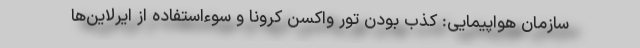
سازمان هواپیمایی: کذب بودن تور واکسن کرونا و سوءاستفاده از ایرلاین‌ها